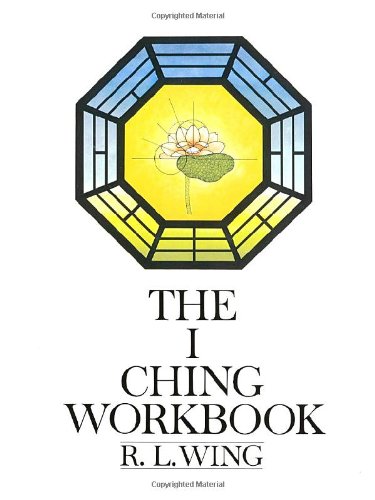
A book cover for The I Ching Workbook; R.L. Wing; Religion & Spirituality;